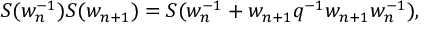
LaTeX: S ( w _ { n } ^ { - 1 } ) S ( w _ { n + 1 } ) = S ( w _ { n } ^ { - 1 } + w _ { n + 1 } q ^ { - 1 } w _ { n + 1 } w _ { n } ^ { - 1 } ) ,